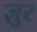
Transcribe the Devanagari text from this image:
ज़ुर